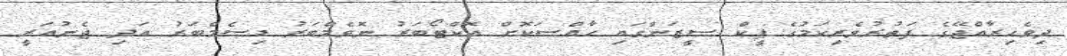
ދިވެހިރާއްޖޭގެ ފަތުރުވެރިކަމުގެ ޕީކް ސީޒަންގައި ހާއްސަކޮށް އޮކްޓޯބަރު ނޮވެމްބަރު ޑިސެމްބަރު އަދި ޖެނުއަރީ